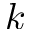
k